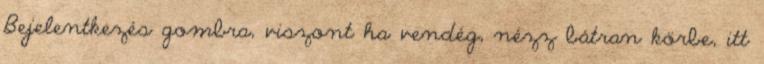
Bejelentkezés gombra, viszont ha vendég, nézz bátran körbe, itt